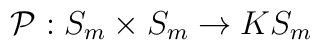
{\cal P}:S_m \times S_m \rightarrow KS_m   \hspace{1in}